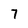
Character: 7